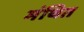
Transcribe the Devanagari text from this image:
मंथित